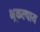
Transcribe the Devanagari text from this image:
भूकल्पाय